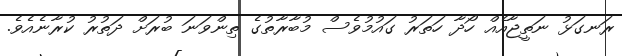
ރަނގަޅު ނަތީޖާއެއް ހޯދާ ހަތަރު ގައުމުވެސް މުބާރާތުގެ ތިންވަނަ ބުރަށް ދަތުރު ކުރާނެއެވެ.